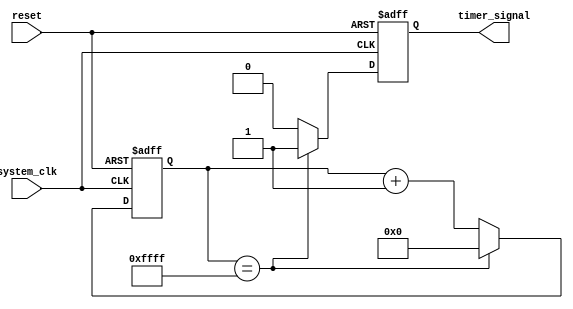
module Periodic_Timer(
    input wire system_clk,
    input wire reset,
    output reg timer_signal
);

reg [15:0] timer_count;
wire timer_trigger;

assign timer_trigger = (timer_count == 16'hFFFF);

always @(posedge system_clk or posedge reset) begin
    if (reset) begin
        timer_count <= 16'h0000;
        timer_signal <= 1'b0;
    end else begin
        if (timer_count == 16'hFFFF) begin
            timer_count <= 16'h0000;
            timer_signal <= 1'b1;
        end else begin
            timer_count <= timer_count + 1;
            timer_signal <= 1'b0;
        end
    end
end

endmodule